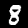
Digit: 8